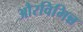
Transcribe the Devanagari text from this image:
औरविभिन्न